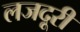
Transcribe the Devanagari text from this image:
लजदूरी